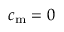
c _ { \mathrm { m } } = 0